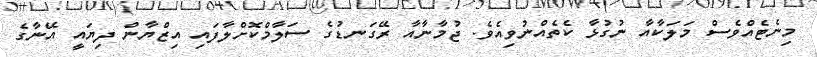
މިނެޓެއްވެސް މަލަކާއާ ނުގުޅާ ކެތެއްނުވިއެވެ. ޖުމާނާއާ ރޭގަނޑުގެ ސަލާމްކޮށްލާފައި އިޒްޔާން ދިޔައީ އޭނާގެ